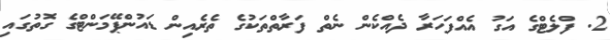
2. ފްލެޓްގެ އަގު އެއްފަހަރާ ދެއްކެން ނެތް ފަރާތްތަކުގެ ތެރެއިން ޑައުންޕޭމަންޓްގެ ގޮތުގައި